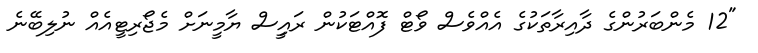
"12 މެންބަރުންގެ ދާއިރާތަކުގެ އެއްވެސް ވޯޓް ފޮއްޓަކުން ރައީިސް ޔާމީނަށް މެޖޯރިޓީއެއް ނުލިބޭނެ